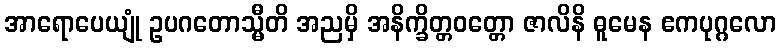
အာရောပေယျုံ ဥပဂတောသ္မီတိ အညမှိ အနိက္ခိတ္တဝတ္တော ဇာလိနိ ဓူမေန ဧကပုဂ္ဂလော